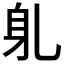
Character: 𬧠